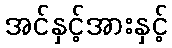
အင်နှင့်အားနှင့်